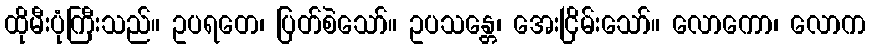
ထိုမီးပုံကြီးသည်။ ဥပရတေ၊ ပြတ်စဲသော်။ ဥပသန္တေ၊ အေးငြိမ်းသော်။ လောကော၊ လောက